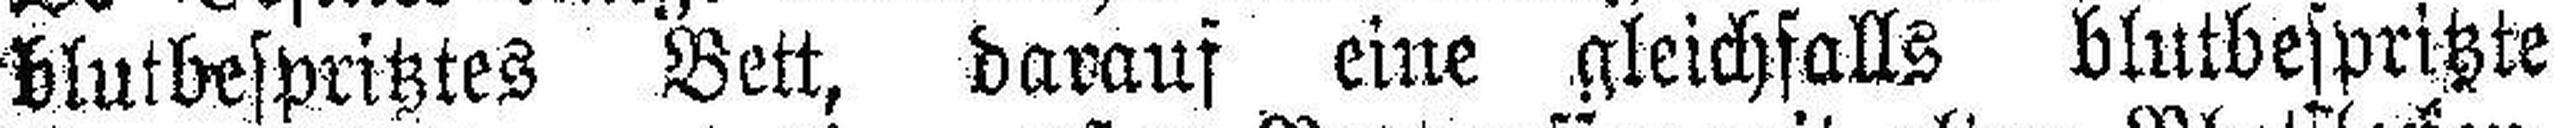
blutbespritztes Bett, darauf eine gleichfalls blutbespritzte